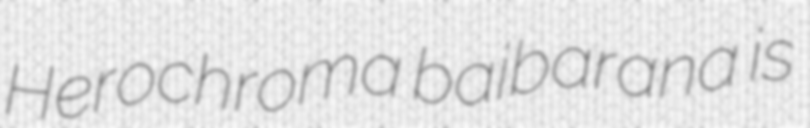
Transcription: Herochroma baibarana is